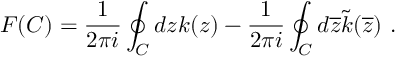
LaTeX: F ( C ) = \frac { 1 } { 2 \pi i } \oint _ { C } d z k ( z ) - \frac { 1 } { 2 \pi i } \oint _ { C } d \overline { { { z } } } \tilde { k } ( \overline { { { z } } } ) \ .